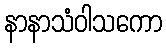
နာနာသံဝါသကော